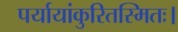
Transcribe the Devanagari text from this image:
पर्यायांकुरितस्मितः।